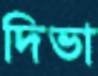
দিভা